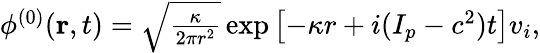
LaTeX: \begin{array}{r}{\phi^{(0)}(\mathbf{r},t)=\sqrt{\frac{\kappa}{2\pi r^{2}}}\exp\left[-\kappa r+i(I_{p}-c^{2})t\right]v_{i},}\end{array}